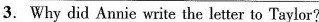
3. $$\overline{Whydid}$$ Annie write the letter to Taylor?